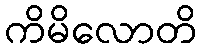
ကိမိလောတိ